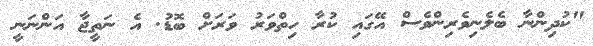
"ކުދިންނާ ބެލެނިވެރިންވެސް އޭގައި ކުރާ ހިތްވަރު ވަރަށް ބޮޑު. އެ ނަތީޖާ އަންނަނީ